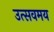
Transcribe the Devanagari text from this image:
उत्सवमय